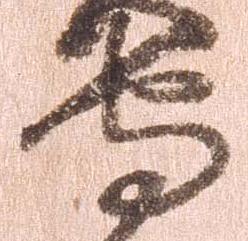
守